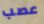
عصب